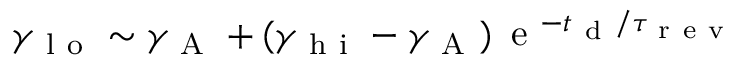
\gamma _ { \mathrm { ~ l ~ o ~ } } \sim \gamma _ { \mathrm { ~ A ~ } } + ( \gamma _ { \mathrm { ~ h ~ i ~ } } - \gamma _ { \mathrm { ~ A ~ } } ) \, \mathrm { ~ e ~ } ^ { - t _ { \mathrm { ~ d ~ } } / \tau _ { \mathrm { ~ r ~ e ~ v ~ } } }